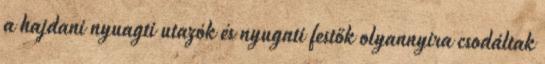
a hajdani nyuagti utazók és nyugati festők olyannyira csodáltak